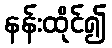
နန်းထိုင်၍